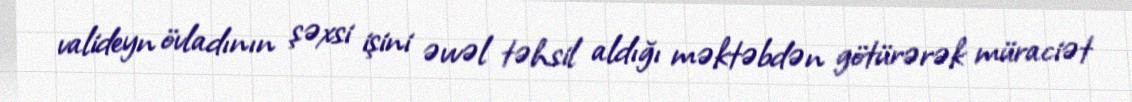
valideyn övladının şəxsi işini əvvəl təhsil aldığı məktəbdən götürərək müraciət